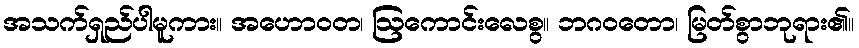
အသက်ရှည်ပါမူကား။ အဟောဝတ၊ ဩကောင်းလေစွ။ ဘဂဝတော၊ မြတ်စွာဘုရား၏။